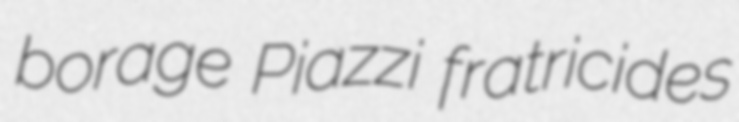
borage Piazzi fratricides